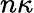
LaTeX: n\kappa